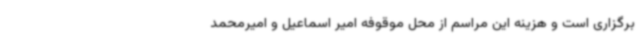
برگزاری است و هزینه این مراسم از محل موقوفه امیر اسماعیل و امیرمحمد